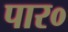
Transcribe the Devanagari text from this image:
पार०